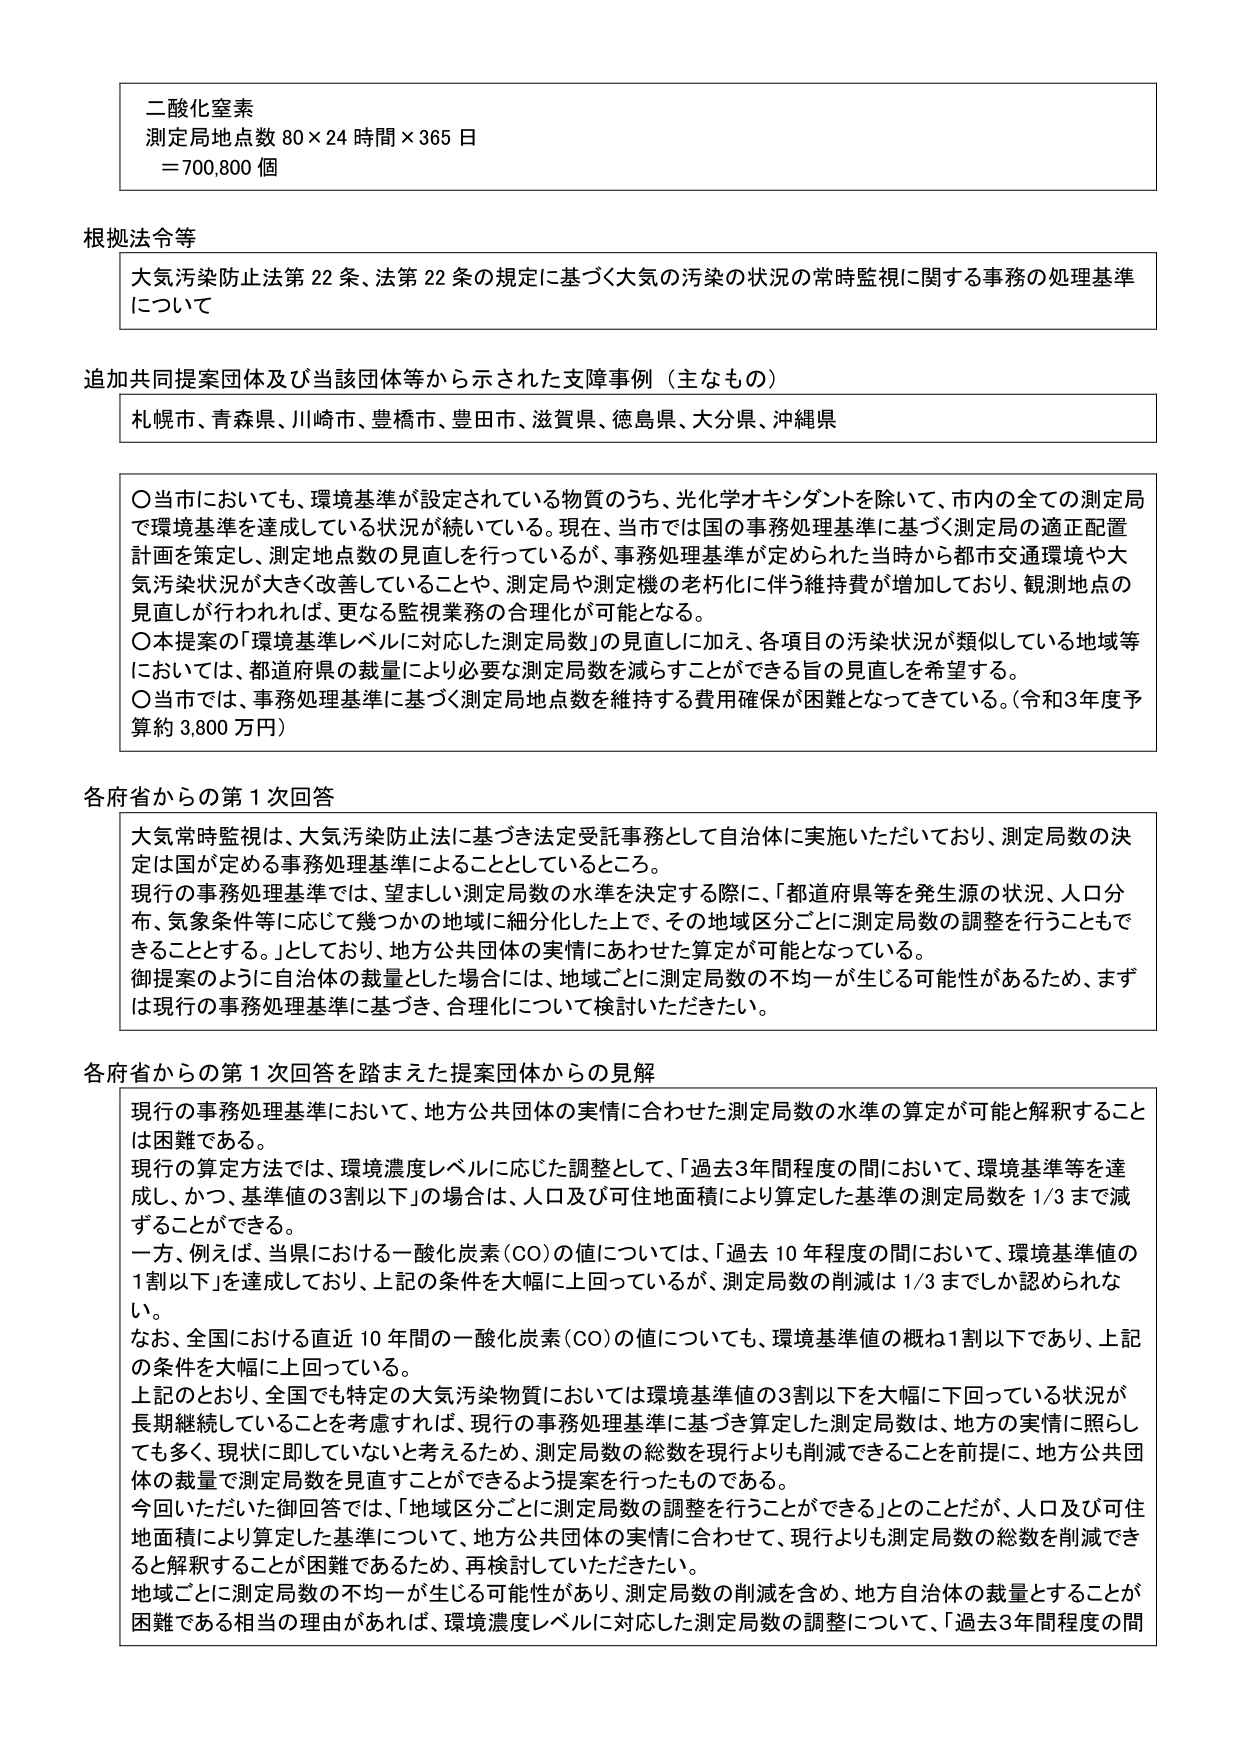
二酸化窒素
測定局地点数 80 × 24 時間 × 365 日
＝700,800 個

根拠法令等
大気汚染防止法第 22 条、法第 22 条の規定に基づく大気の汚染の状況の常時監視に関する事務の処理基準について

追加共同提案団体及び当該団体等から示された支援事例（主なもの）
札幌市、青森県、川崎市、豊橋市、豊田市、滋賀県、徳島県、大分県、沖縄県

〇当市においても、環境基準が設定されている物質のうち、光化学オキシダントを除いて、市内の全ての測定局で環境基準を達成している状況が続いている。現在、当市では国の事務処理基準に基づく測定局の適正配置計画を策定し、測定地点数の見直しを行っているが、事務処理基準が定められた当時から都市交通環境や大気汚染状況が大きく改善していることや、測定局や測定機の老朽化に伴う維持費が増加しており、観測地点の見直しが行われれば、更なる監視業務の合理化が可能となる。
〇本提案の「環境基準レベルに対応した測定局数」の見直しに加え、各項目の汚染状況が類似している地域等においては、都道府県の裁量により必要な測定局数を減らすことができる旨の見直しを希望する。
〇当市では、事務処理基準に基づく測定局地点数を維持する費用確保が困難となっている。（令和3年度予算約 3,800 万円）

各府省からの第1次回答
大気常時監視は、大気汚染防止法に基づき法定受託事務として自治体に実施いただいており、測定局数の決定は国が定める事務処理基準によることとしているところ。
現行の事務処理基準では、望ましい測定局数の水準を決定する際に、「都道府県等を発生源の状況、人口分布、気象条件等に応じて幾つかの地域に細分化した上で、その地域区分ごとに測定局数の調整を行うこともできることとする。」としており、地方公共団体の実情にあわせた算定が可能となっている。
御提案のように自治体の裁量とした場合には、地域ごとに測定局数の不均一が生じる可能性があるため、まずは現行の事務処理基準に基づき、合理化について検討いただきたい。

各府省からの第1次回答を踏まえた提案団体からの見解
現行の事務処理基準において、地方公共団体の実情に合わせた測定局数の水準の算定が可能と解釈することは困難である。
現行の算定方法では、環境濃度レベルに応じた調整として、「過去3年間程度の間において、環境基準等を達成し、かつ、基準値の3割以下」の場合は、人口及び可住地面積により算定した基準の測定局数を1/3まで減ずることができる。
一方、例えば、当県における一酸化炭素（CO）の値については、「過去10年程度の間において、環境基準値の1割以下」を達成しており、上記の条件を大幅に上回っているが、測定局数の削減は1/3までしか認められない。
なお、全国における直近10年間の一酸化炭素（CO）の値についても、環境基準値の概ね1割以下であり、上記の条件を大幅に上回っている。
上記のとおり、全国でも特定の大気汚染物質においては環境基準値の3割以下を大幅に下回っている状況が長期継続していることを考慮すれば、現行の事務処理基準に基づき算定した測定局数は、地方の実情に照らしても多く、現状に即していないと考えるため、測定局数の総数を現行よりも削減できることを前提に、地方公共団体の裁量で測定局数を見直すことができるよう提案を行ったものである。
今回いただいた御回答では、「地域区分ごとに測定局数の調整を行うことができる」とのことだが、人口及び可住地面積により算定した基準について、地方公共団体の実情に合わせて、現行よりも測定局数の総数を削減できると解釈することが困難であるため、再検討していただきたい。
地域ごとに測定局数の不均一が生じる可能性があり、測定局数の削減を含め、地方自治体の裁量とすることが困難である相当の理由があれば、環境濃度レベルに対応した測定局数の調整について、「過去3年間程度の間